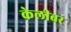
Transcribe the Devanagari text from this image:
केलीबर